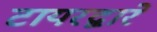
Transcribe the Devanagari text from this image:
टायरद्वारे